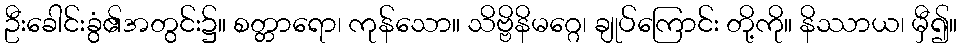
ဦးခေါင်းခွံ၏အတွင်း၌။ စတ္တာရော၊ ကုန်သော။ သိဗ္ဗိနိမဂ္ဂေ၊ ချုပ်ကြောင်း တို့ကို။ နိဿာယ၊ မှီ၍။